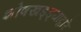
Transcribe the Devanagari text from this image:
शोषखड्ड्याद्वारे